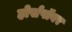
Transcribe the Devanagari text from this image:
होर्सपॉवर